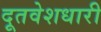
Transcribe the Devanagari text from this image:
दूतवेशधारी